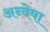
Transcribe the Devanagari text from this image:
अन्वेषा